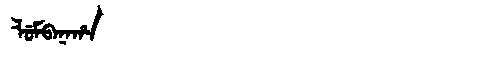
Manchu: ᠯᡠᠮᠪᠠᠨᠠᡥᠠ
Romanization: LUMBANAHA